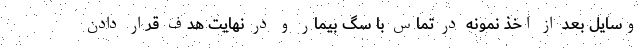
وسایل بعد از اخذ نمونه در تماس با سگ بیمار و در نهایت هدف قرار دادن